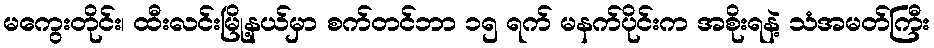
မကွေးတိုင်း၊ ထီးလင်းမြို့နယ်မှာ စက်တင်ဘာ ၁၅ ရက် မနက်ပိုင်းက အစိုးရနဲ့ သံအမတ်ကြီး